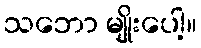
သဘော မျိုးပေါ့။